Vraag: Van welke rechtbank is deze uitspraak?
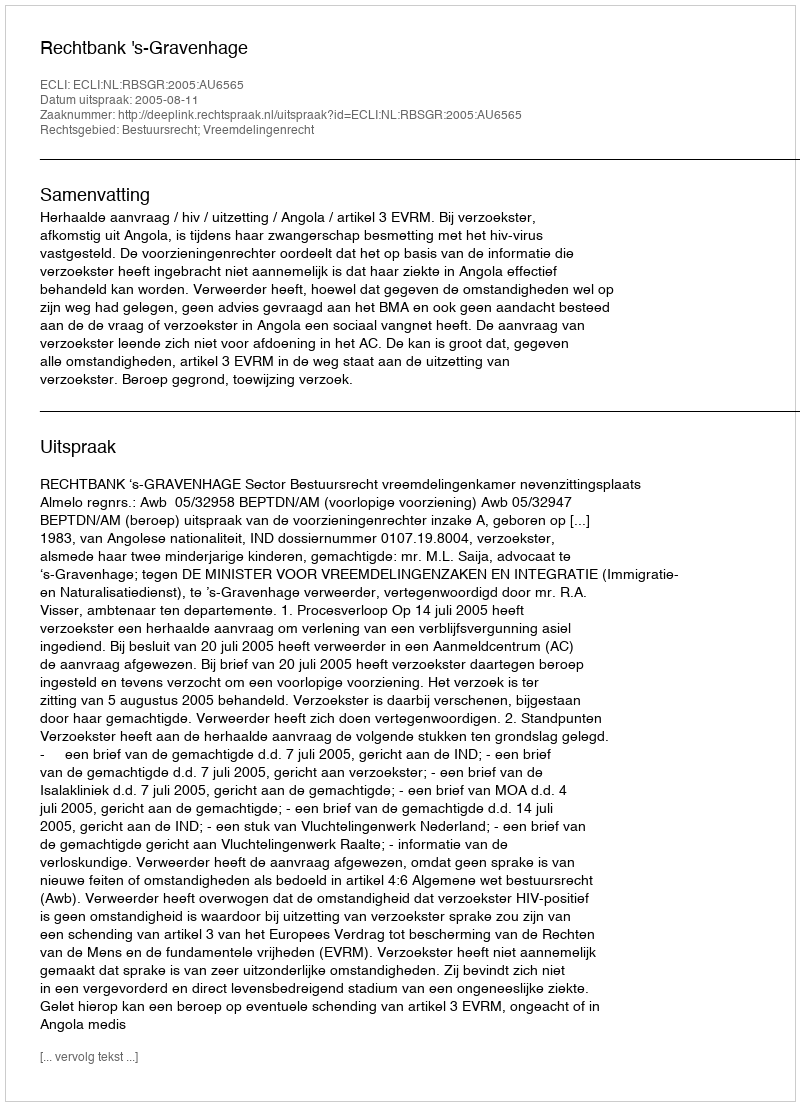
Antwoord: Rechtbank 's-Gravenhage